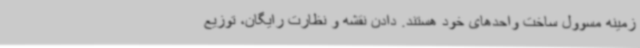
زمینه مسوول ساخت واحدهای خود هستند. دادن نقشه و نظارت رایگان، توزیع